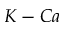
K - C a